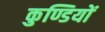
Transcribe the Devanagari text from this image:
कुण्डियों